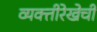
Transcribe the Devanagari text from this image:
व्यक्तीरेखेची